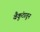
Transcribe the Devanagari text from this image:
वैकुंठातून